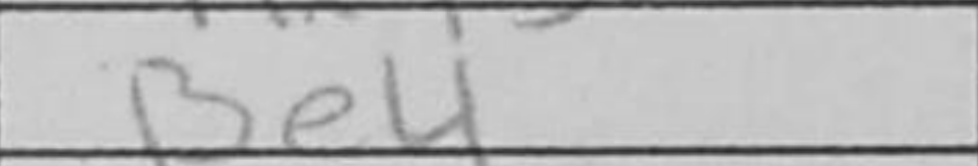
Transcription: Be4